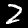
Label: 2